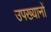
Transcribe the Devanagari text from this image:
उपख्यानों